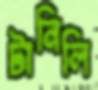
টানিলি